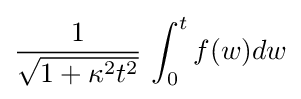
{\frac {1}{\sqrt {1+\kappa ^{2}t^{2}}}}\,\int _{0}^{t}f(w)dw